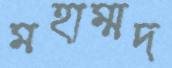
মহাম্মদ